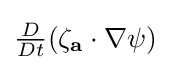
{\textstyle {\frac {D}{Dt}}(\mathbf {\zeta _{a}} \cdot \nabla \psi )}